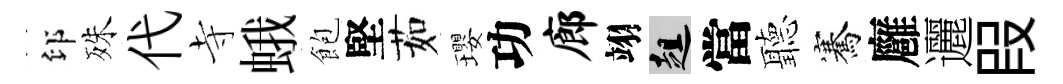
印殊代寺蛾飽堅茹瓔功廊翊趄當聽騫廱邐叚